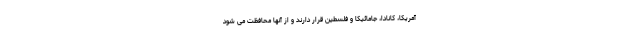
آمریکا، کانادا، جامائیکا و فلسطین قرار دارند و از آنها محافظت می شود